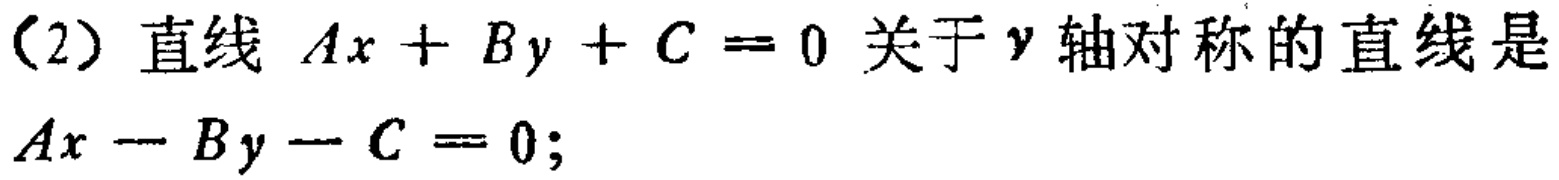
（2）直线 \(Ax + By + C = 0\) 关于 \(y\) 轴对称的直线是 \(Ax - By - C = 0\);